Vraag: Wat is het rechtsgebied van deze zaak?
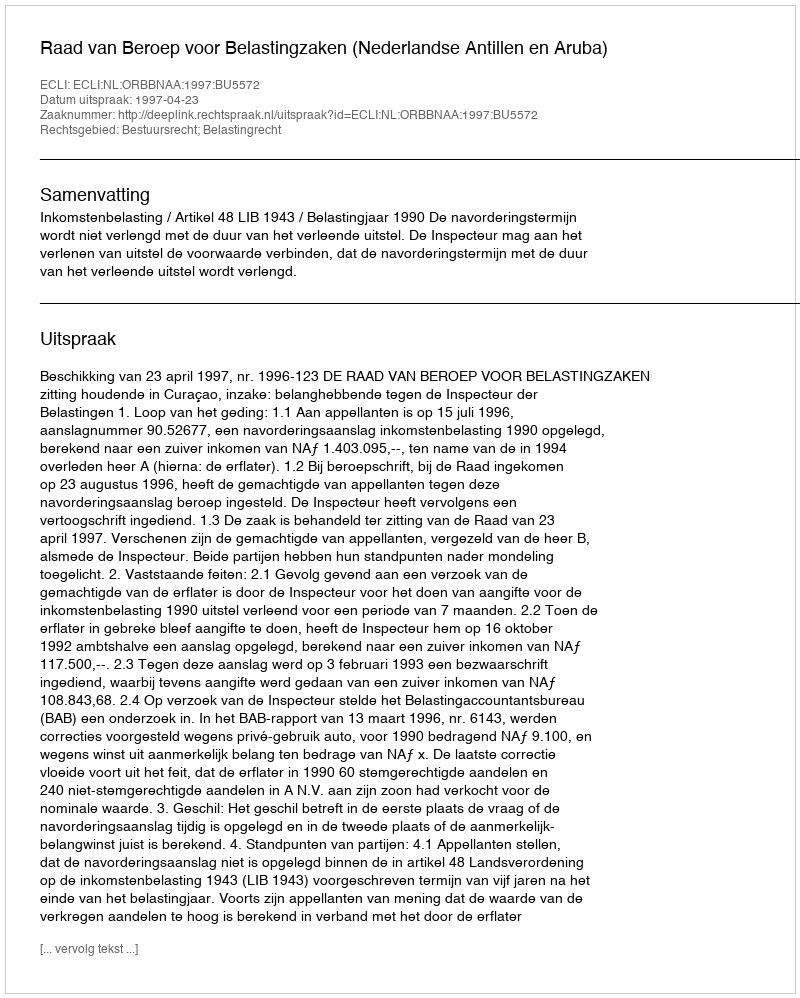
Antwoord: Bestuursrecht; Belastingrecht